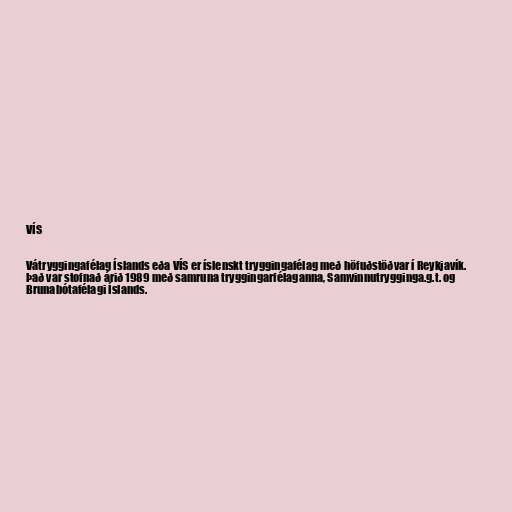
VÍS

Vátryggingafélag Íslands eða VÍS er íslenskt tryggingafélag með höfuðstöðvar í Reykjavík.
Það var stofnað árið 1989 með samruna tryggingarfélaganna, Samvinnutrygginga.g.t. og
Brunabótafélagi Íslands.